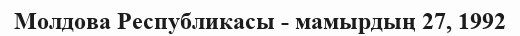
Молдова Республикасы - мамырдың 27, 1992